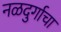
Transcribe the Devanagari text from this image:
नळदुर्गाचा